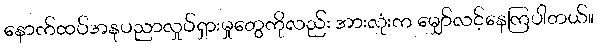
နောက်ထပ်အနုပညာလှုပ်ရှားမှုတွေကိုလည်း အားလုံးက မျှော်လင့်နေကြပါတယ်။